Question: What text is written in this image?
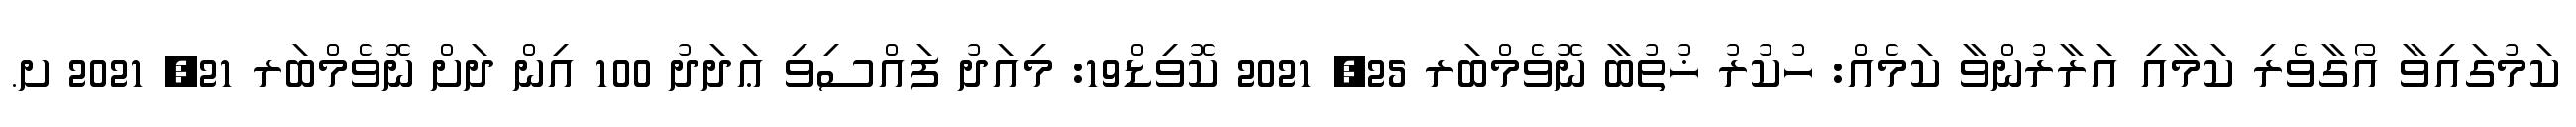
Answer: ކަމުގައިވާ އޯގާވެރި ކަމާއި އަރާރުންވާ ކަމެއް: ހުކުރު ޚުތުބާ ނޮވެމްބަރ 25, 2021 ކޮވިޑް19: މިއަދު ފައްސިވި ޢަދަދު 100 އިން ދަށް ނޮވެމްބަރ 21, 2021 ށ.